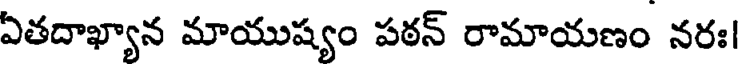
ఏతదాఖ్యాన మాయుష్యం పఠన్ రామాయణం నరః